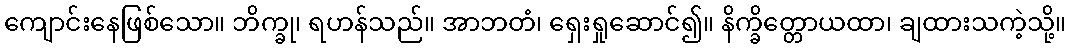
ကျောင်းနေဖြစ်သော။ ဘိက္ခု၊ ရဟန်သည်။ အာဘတံ၊ ရှေးရှုဆောင်၍။ နိက္ခိတ္တောယထာ၊ ချထားသကဲ့သို့။